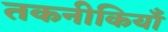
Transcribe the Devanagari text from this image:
तकनीकियाँ